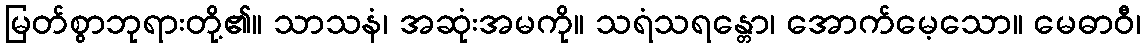
မြတ်စွာဘုရားတို့၏။ သာသနံ၊ အဆုံးအမကို။ သရံသရန္တော၊ အောက်မေ့သော။ မေဓာဝီ၊